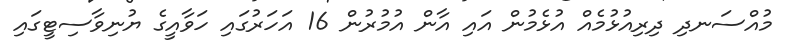
މުއްސަނދި ދިރިއުޅުމެއް އުޅެމުން އައި އާން އުމުރުން 16 އަހަރުގައި ހަވާއީގެ ޔުނިވާސިޓީގައި